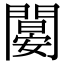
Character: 𨶁